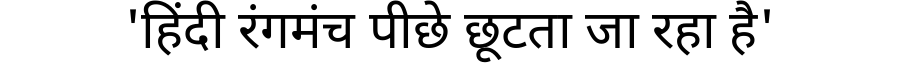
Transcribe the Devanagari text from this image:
'हिंदी रंगमंच पीछे छूटता जा रहा है'